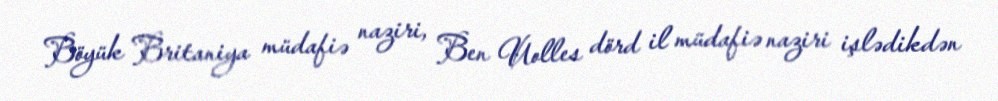
Böyük Britaniya müdafiə naziri, Ben Uolles dörd il müdafiə naziri işlədikdən